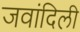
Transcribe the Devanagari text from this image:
जवांदिली